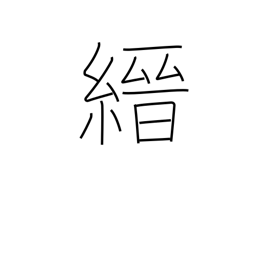
Meaning: thin red cloth